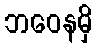
ဘဝေနမှိ